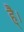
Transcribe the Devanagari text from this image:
है्।